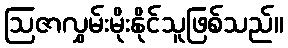
ဩဇာလွှမ်းမိုးနိုင်သူဖြစ်သည်။